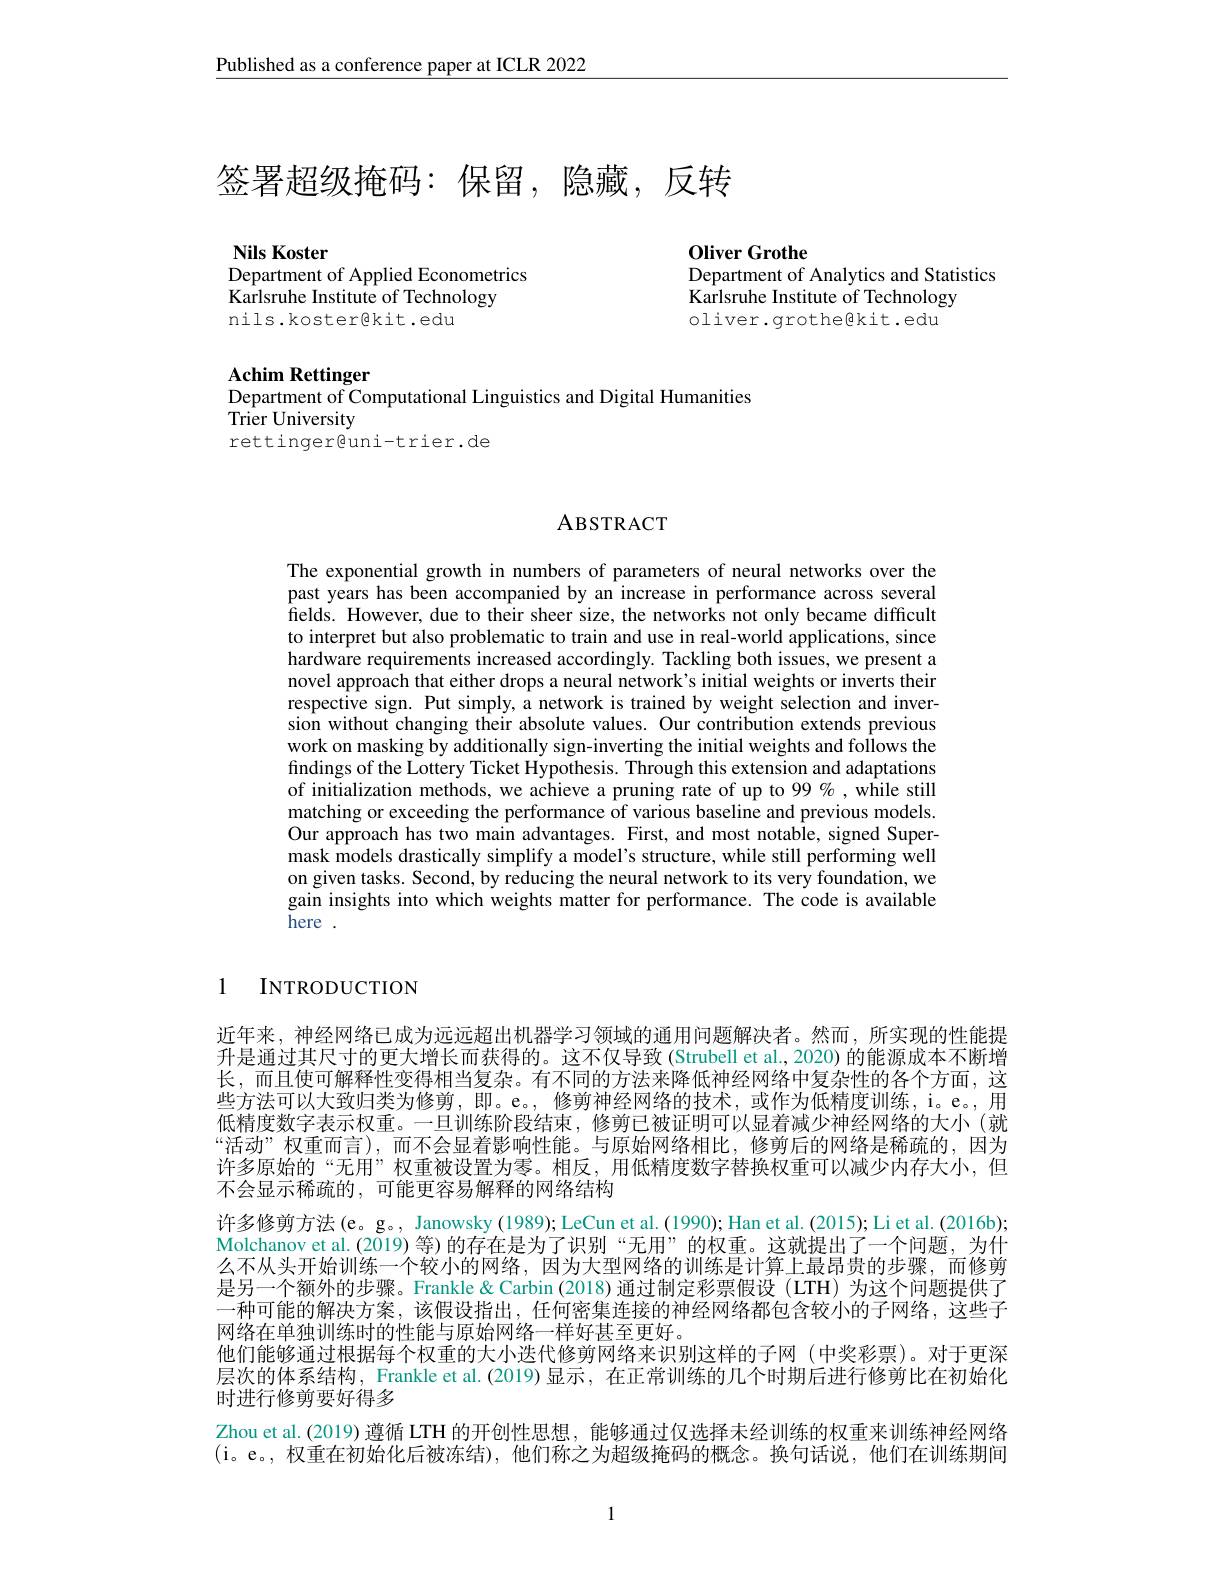
Published as a conference paper at ICLR 2022

# 签署超级掩码：保留，隐藏，反转

Nils Koster
Department of Applied Econometrics

0liver Grothe
Department of Analytics and Statistics

Karlsruhe Institute of Technology oliver.grothe@kit.edu

$\hat{\text{Karlsruhe Institute of Technology}}$
nils.koster@kit.edu

Achim Rettinger
Department of Computational Linguistics and Digital Humanities
Trier University
rettinger@uni-trier.de

ABSTRACT

The exponential growth in numbers of parameters of neural networks over the past years has been accompanied by an increase in performance across several fields. However, due to their sheer size, the networks not only became difficult to interpret but also problematic to train and use in real-world applications, since hardware requirements increased accordingly. Tackling both issues, we present a novel approach that either drops a neural network's initial weights or inverts their respective sign. Put simply, a network is trained by weight selection and inversion without changing their absolute values. Our contribution extends previous work on masking by additionally sign-inverting the initial weights and follows the findings of the Lottery Ticket Hypothesis. Through this extension and adaptations of initialization methods, we achieve a pruning rate of up to 99%, while still matching or exceeding the performance of various baseline and previous models. Our approach has two main advantages. First, and most notable, signed Supermask models drastically simplify a model's structure, while still performing well on given tasks. Second, by reducing the neural network to its very foundation, we gain insights into which weights matter for performance. The code is available here .

1 INTRODUCTION

近年来，神经网络已成为远远超出机器学习领域的通用问题解决者。然而，所实现的性能提升是通过其尺寸的更大增长而获得的。这不仅导致 (Strubell et al., 2020) 的能源成本不断增长，而且使可解释性变得相当复杂。有不同的方法来降低神经网络中复杂性的各个方面，这些方法可以大致归类为修剪，即。e。,修剪神经网络的技术，或作为低精度训练，i。e。,用低精度数字表示权重。一旦训练阶段结束，修剪已被证明可以显着减少神经网络的大小(就“活动”权重而言),而不会显着影响性能。与原始网络相比，修剪后的网络是稀疏的，因为许多原始的“无用”权重被设置为零。相反，用低精度数字替换权重可以减少内存大小，但不会显示稀疏的，可能更容易解释的网络结构
许多修剪方法(e。g。, Janowsky (1989); LeCun et al.(1990); Han et al.(2015); Li et al.(2016b); Molchanov et al.(2019) 等) 的存在是为了识别“无用”的权重。这就提出了一个问题，为什么不从头开始训练一个较小的网络，因为大型网络的训练是计算上最昂贵的步骤，而修剪是另一个额外的步骤。Frankle & Carbin(2018) 通过制定彩票假设 (LTH) 为这个问题提供了一种可能的解决方案，该假设指出，任何密集连接的神经网络都包含较小的子网络，这些子网络在单独训练时的性能与原始网络一样好甚至更好。
他们能够通过根据每个权重的大小迭代修剪网络来识别这样的子网(中奖彩票)。对于更深层次的体系结构，Frankle et al.(2019) 显示，在正常训练的几个时期后进行修剪比在初始化时进行修剪要好得多
Zhou et al.(2019) 遵循 LTH 的开创性思想，能够通过仅选择未经训练的权重来训练神经网络(i。e。,权重在初始化后被冻结),他们称之为超级掩码的概念。换句话说，他们在训练期间

1